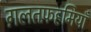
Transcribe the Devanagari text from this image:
ग़लतफ़हमियाँ